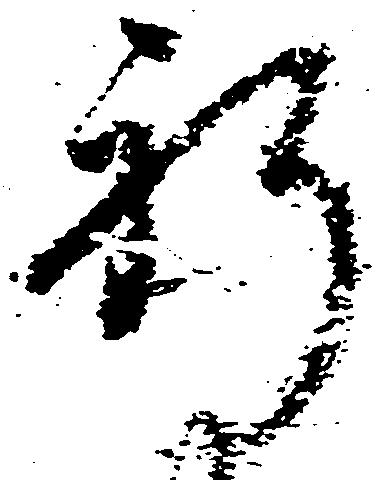
祈